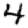
Digit: 4